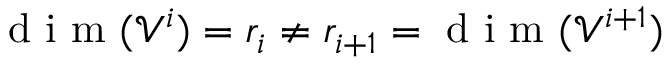
\mathrm { ~ d ~ i ~ m ~ } ( \mathcal { V } ^ { i } ) = r _ { i } \neq r _ { i + 1 } = \mathrm { ~ d ~ i ~ m ~ } ( \mathcal { V } ^ { i + 1 } )